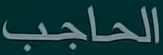
الحاجب